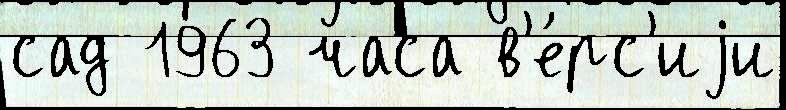
сад 1963 часа в'е́рс'иjи